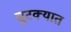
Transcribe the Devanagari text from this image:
चुटक्यात